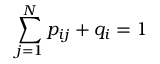
\sum _ { j = 1 } ^ { N } p _ { i j } + q _ { i } = 1